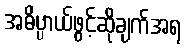
အဓိပ္ပာယ်ဖွင့်ဆိုချက်အရ